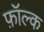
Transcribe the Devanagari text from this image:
फ़ॉल्क